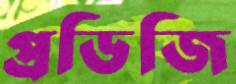
প্রডিজি